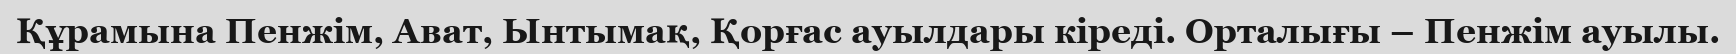
Құрамына Пенжім, Ават, Ынтымақ, Қорғас ауылдары кіреді. Орталығы – Пенжім ауылы.